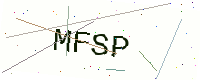
Text: MFSP